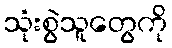
သုံးစွဲသူတွေကို